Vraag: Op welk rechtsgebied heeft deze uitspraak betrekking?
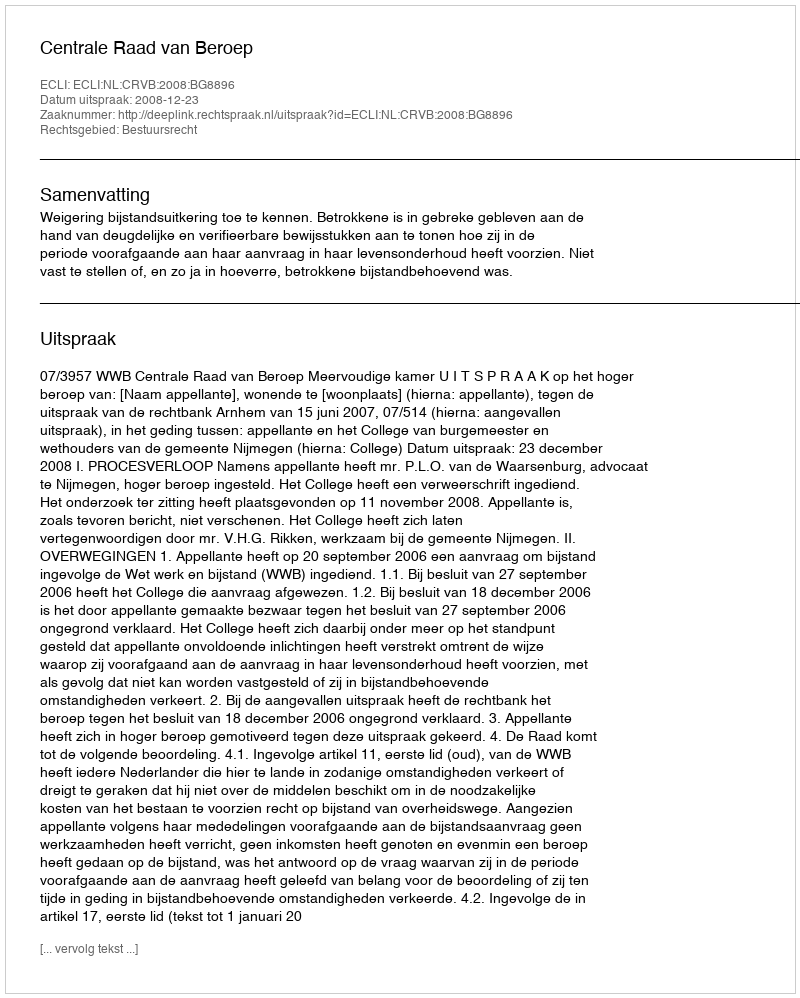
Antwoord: Bestuursrecht